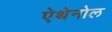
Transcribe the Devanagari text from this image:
ऐथेनोल